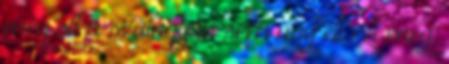
még ott a szülágyon sem úgy éli ezt meg,